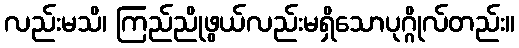
လည်းမသိ၊ ကြည်ညိုဖွယ်လည်းမရှိသောပုဂ္ဂိုလ်တည်း။